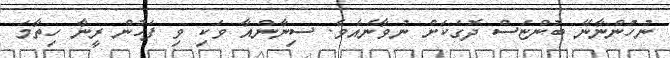
ނުހުންނާނޭ ބުންޏަސް ދޮގަކަށް ނުވާނެއެވެ. ސިނާންއާ ވަކި ވި ފަހުން ރީނާ ހިތާމަ